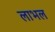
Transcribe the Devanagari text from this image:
लाभल